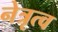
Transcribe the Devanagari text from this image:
नेत्रृत्व